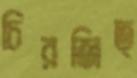
চিরজিত্